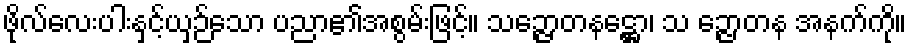
ဖိုလ်လေးပါးနှင့်ယှဉ်သော ပညာ၏အစွမ်းဖြင့်။ သဉ္ဇောတနဋ္ဌော၊ သ ဉ္ဇောတန အနက်ကို။